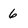
Character: 6